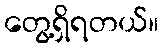
တွေ့ရှိရတယ်။